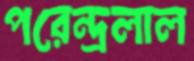
পরেন্দ্রলাল